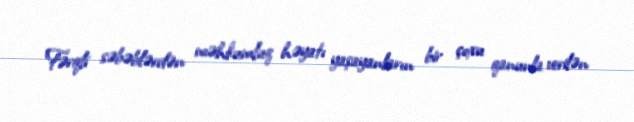
Fərqli səbəblərdən məhkumluq həyatı yaşayanların bir çoxu qanunla verilən